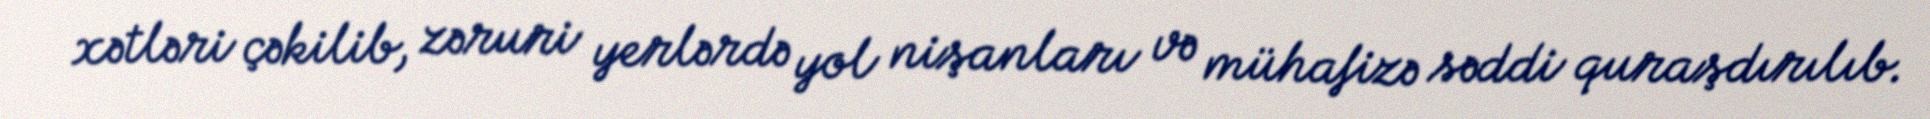
xətləri çəkilib, zəruri yerlərdə yol nişanları və mühafizə səddi quraşdırılıb.